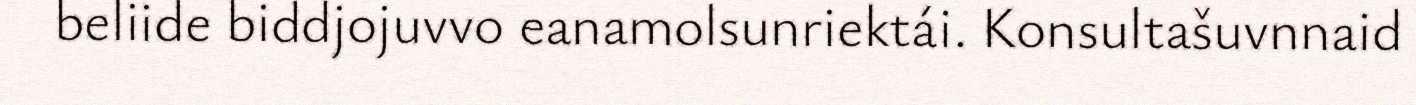
beliide biddjojuvvo eanamolsunriektái. Konsultašuvnnaid